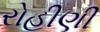
રોહીણી